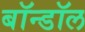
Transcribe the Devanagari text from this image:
बॉन्डॉल